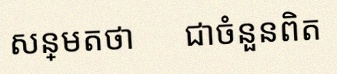
សន្មតថា x ជាចំនួនពិត